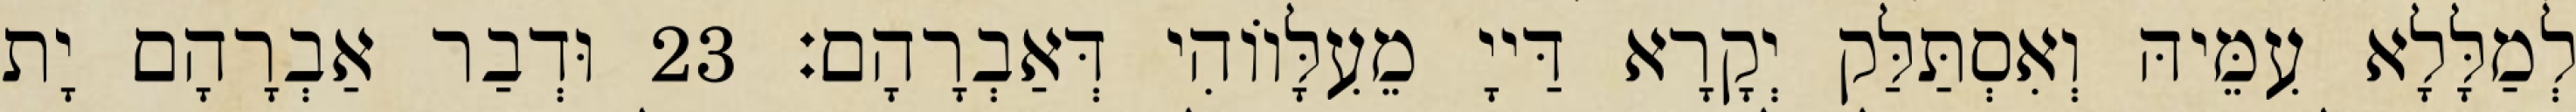
לְמַלָּלָא עִמֵּיהּ וְאִסְתַּלַּק יְקָרָא דַּייָ מֵעִלָּווֹהִי דְּאַבְרָהָם׃ 23 וּדְבַר אַבְרָהָם יָת